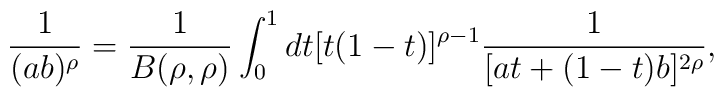
\frac{1}{(ab)^{\rho}}=\frac{1}{B(\rho,\rho)}\int_{0}^{1}dt[t(1-t)]^{\rho-1}\frac{1}{[at+(1-t)b]^{2\rho}},